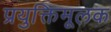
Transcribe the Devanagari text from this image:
प्रयुक्तिमूलक